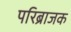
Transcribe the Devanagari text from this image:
परिब्राजक